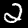
Label: 2